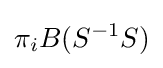
\pi _{i}B(S^{-1}S)